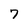
Character: 7